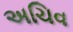
અચિવ